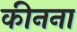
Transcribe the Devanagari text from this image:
कीनना